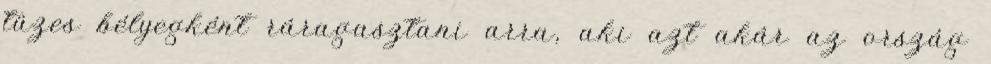
tüzes bélyegként ráragasztani arra, aki azt akár az ország